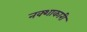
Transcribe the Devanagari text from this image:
नक्शाकारी